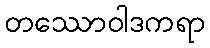
တဿောဝါဒကရာ